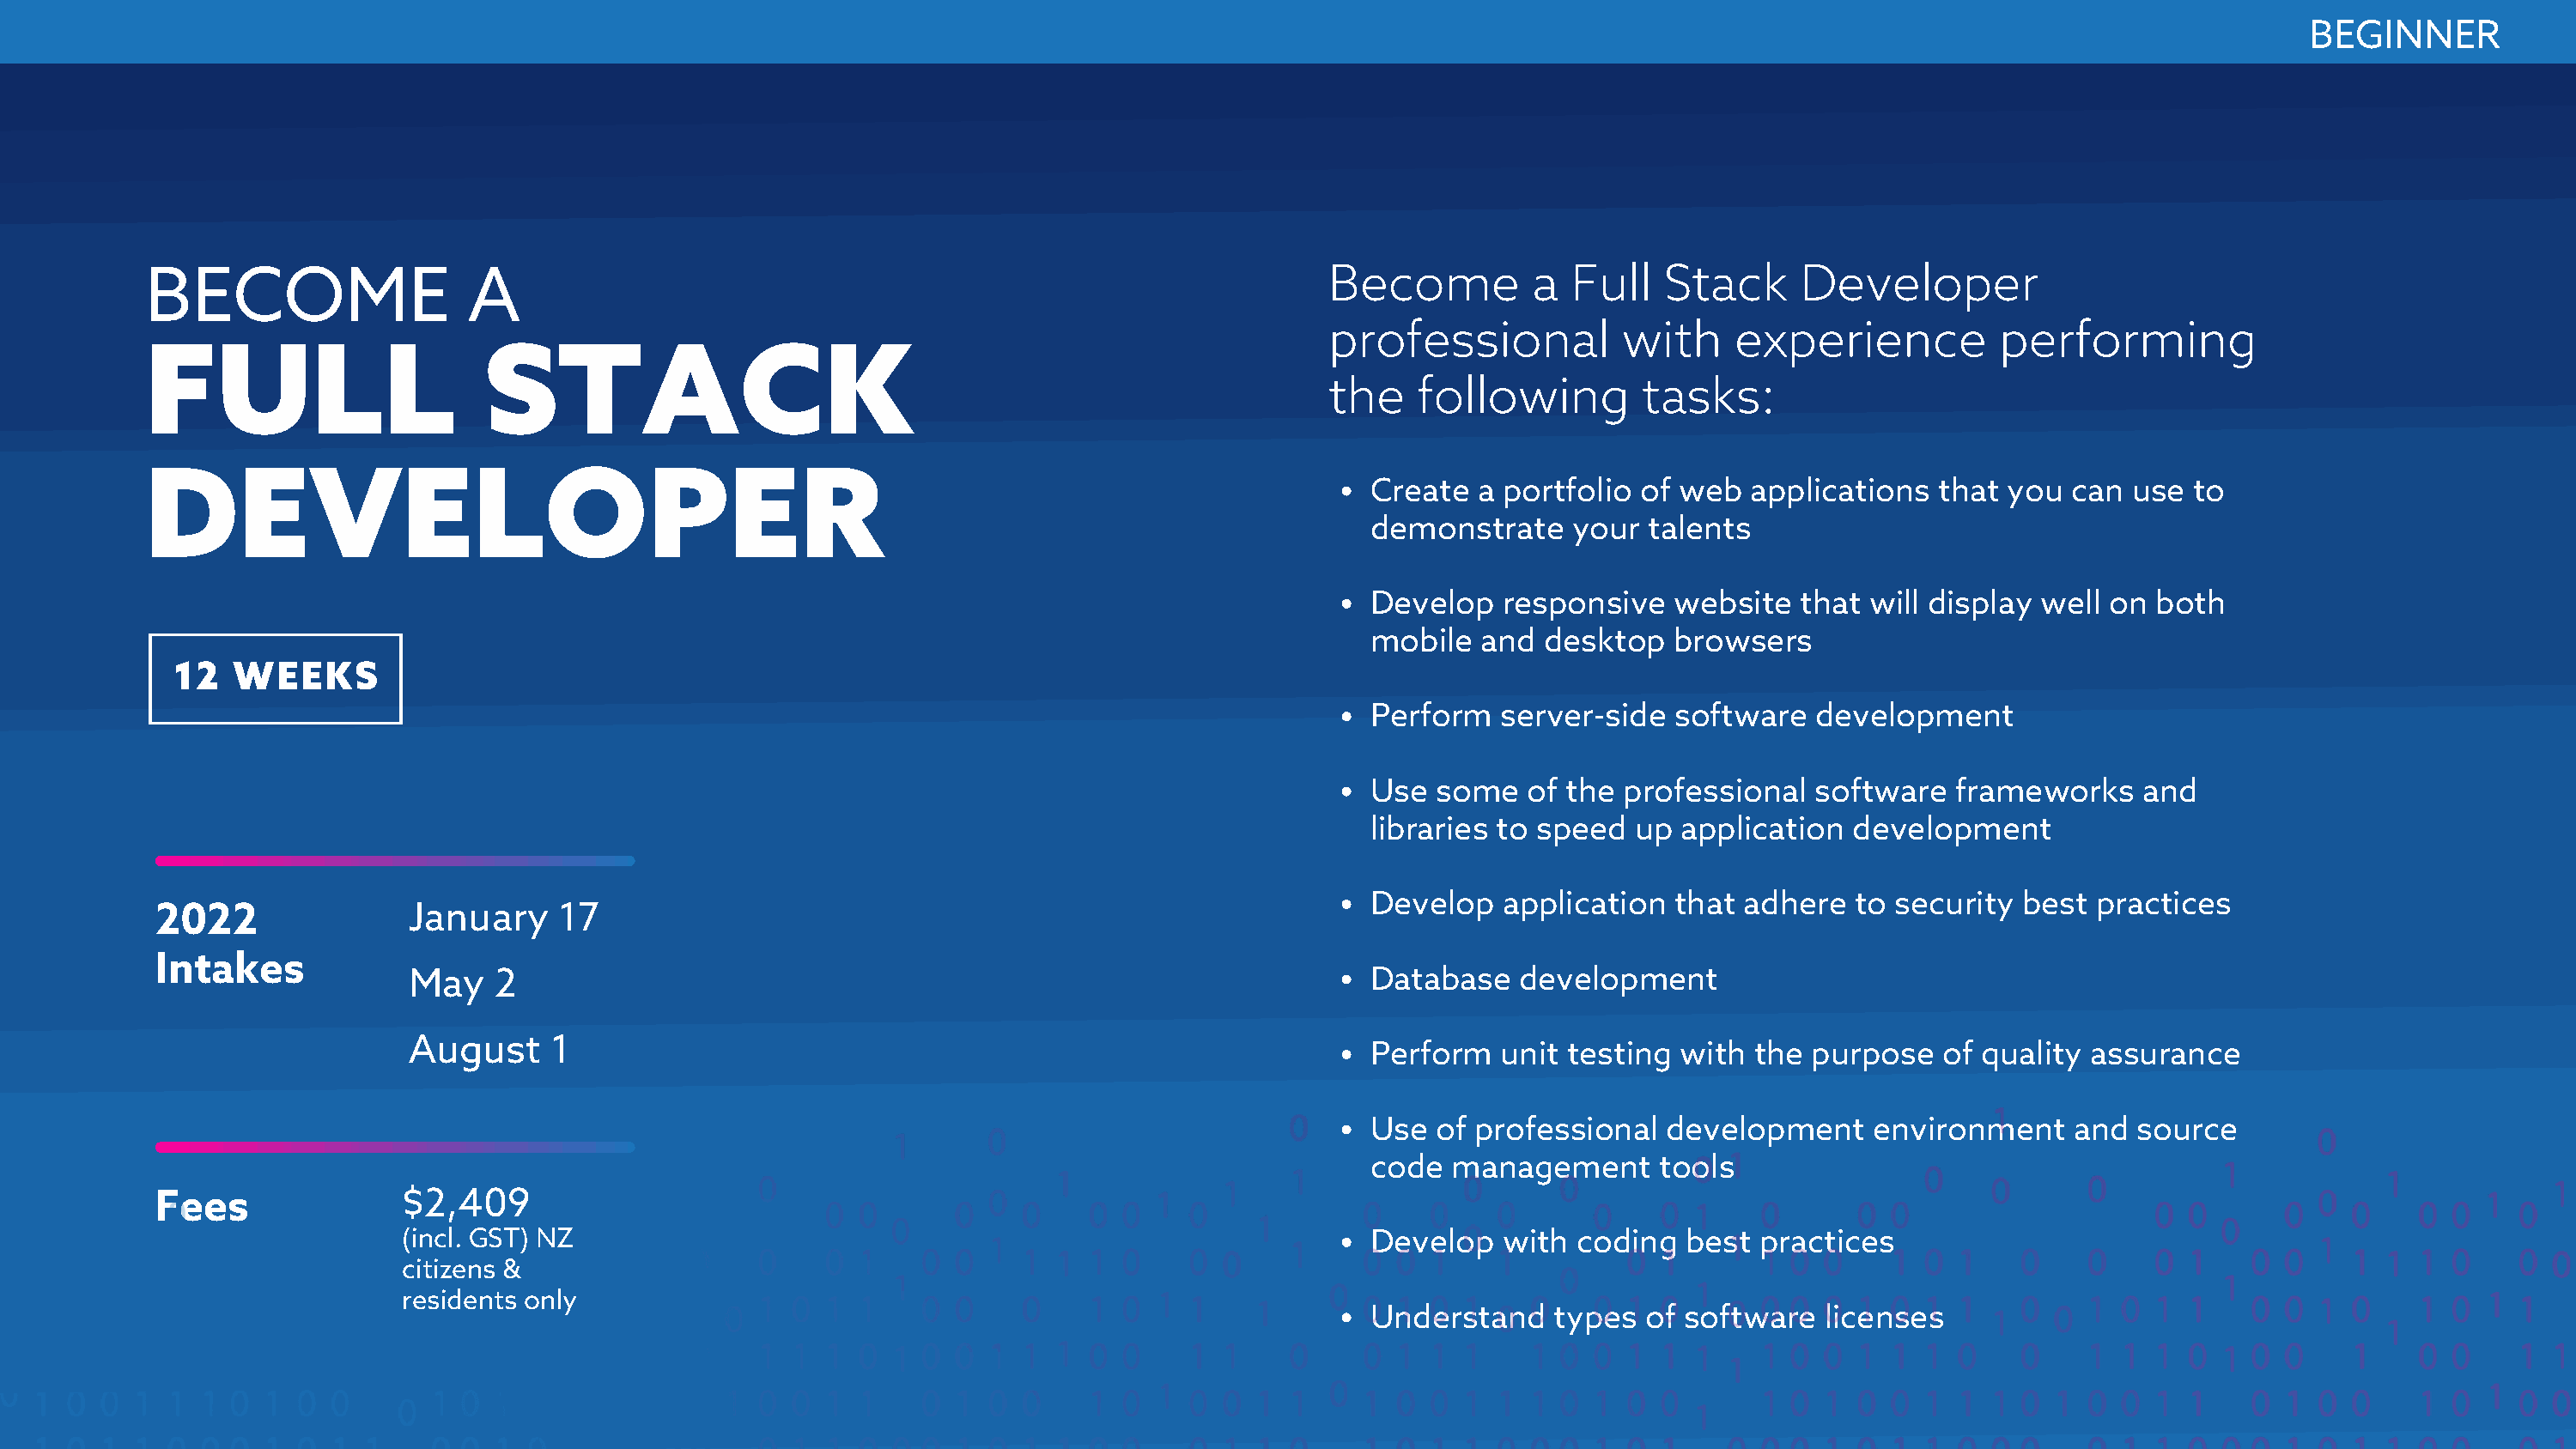
BEGINNER
 BECOME                   A                                                                 Become          a  Full   Stack      Developer
 professional           with     experience          performing
 FULL                      STACK
 the    following         tasks:
 DEVELOPER
 Create  a portfolio of web   applications  that  you  can use  to
 demonstrate    your  talents
 Develop   responsive   website   that will display well  on both
 mobile  and  desktop   browsers
 12   WEEKS
 Perform   server-side  software   development
 Use  some   of the professional   software   frameworks    and
 libraries to speed  up  application  development
 Develop   application  that adhere   to security  best  practices
 2022                January    17
 Intakes
 May   2                                                                   Database   development
 August    1
 Perform   unit testing  with the  purpose   of quality assurance
 Use  of professional  development     environment     and  source
 code  management      tools
 Fees               $2,409
 (incl. GST) NZ                                                             Develop   with  coding  best  practices
 citizens &
 residents only
 Understand    types  of software   licenses